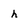
Character: h